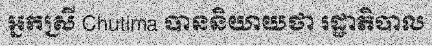
អ្នកស្រី Chutima បាននិយាយថា រដ្ឋាភិបាល